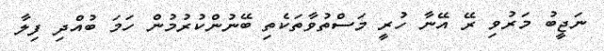
ނަޖީބު މަރުވި ރޭ އޭނާ ހުރީ މަސްތުވާތަކެތި ބޭނުންކުރުމުން ހަމަ ބުއްދި ފިލާ